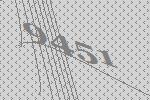
9451